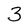
Character: 3